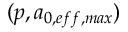
( p , a _ { 0 , e f f , m a x } )